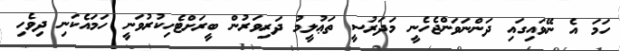
ހަމަ އެ ނޭވައިގައި ދަންނަވަންޖެހެނީ މަދަރުސީ ތަޢުލީމު ދަރިވަރުން ބީރަށްޓެހިކުރުވަނީ ހަމައެކަނި ދިވެހި